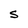
Character: S